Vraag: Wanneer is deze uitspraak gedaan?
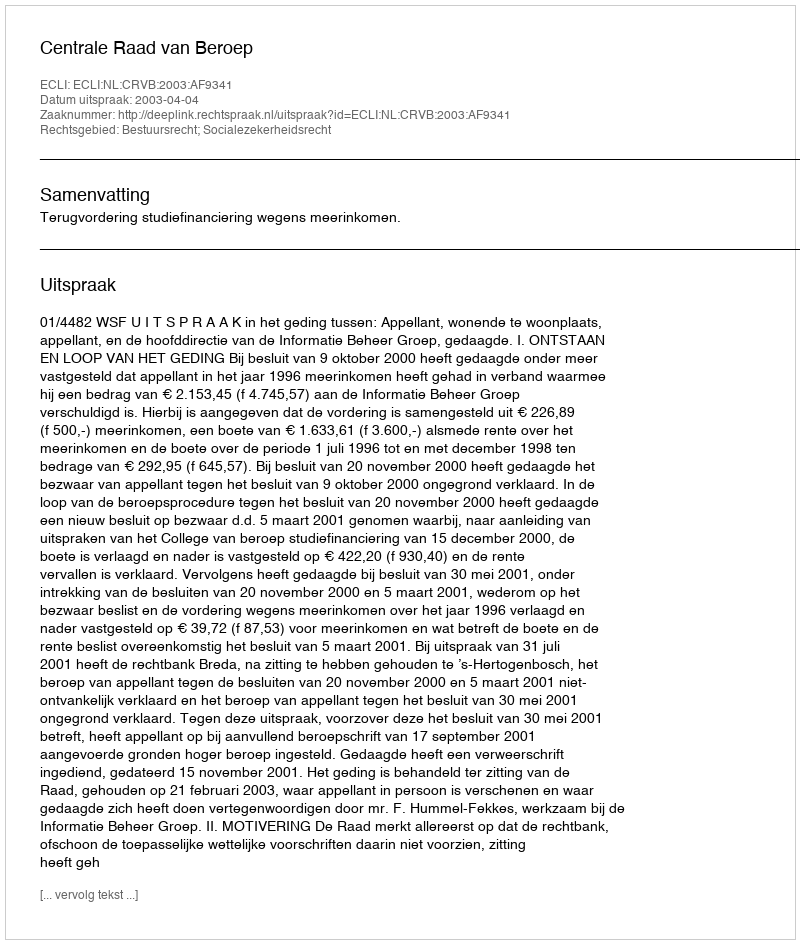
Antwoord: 2003-04-04